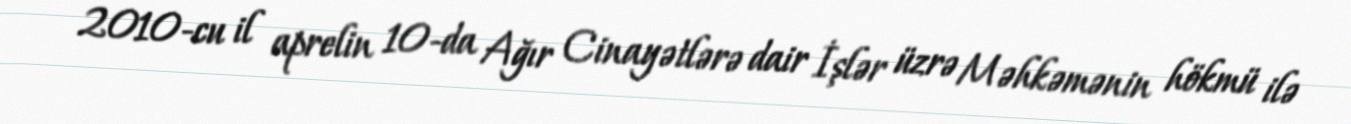
2010-cu il aprelin 10-da Ağır Cinayətlərə dair İşlər üzrə Məhkəmənin hökmü ilə